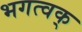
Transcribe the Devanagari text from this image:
भगत्वक्